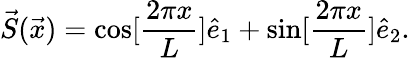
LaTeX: \vec{S}(\vec{x})=\cos[\frac{2\pi x}{L}]\hat{e}_{1}+\sin[\frac{2\pi x}{L}]\hat{e}_{2}.